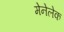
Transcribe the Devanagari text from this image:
मेनेलेक